Annual report on the Civil Veterinary Department, Burma (including the Insein Veterinary School) - 1910-1922
Year: 1910
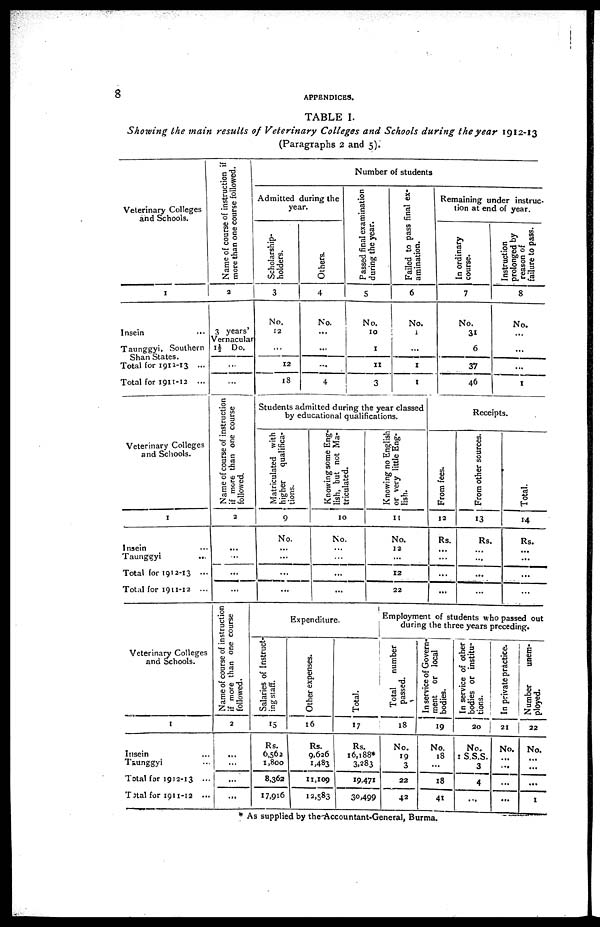
8
APPENDICES.
TABLE I.
Showing the main results of Veterinary Colleges and Schools during the year 1912-13
(Paragraphs 2 and 5).
Veterinary Colleges
and Schools.
1
Insein ...
Taunggyi, Southern
Shan States.
Total for 1912-13 ...
Total for 1911-13 ...
Name of course of instruction if
more than one course followed.
2
3 years'
Vernacular
1 ½ Do.
...
Number of students
Admitted during the
year.
Scholarship-
holders.
3
No.
12
...
12
18
Others.
4
No.
...
...
...
4
Passed final examination
during the year.
5
No.
10
I
II
3
Failed to pass final ex-
amination.
6
No.
1
...
1
1
Remaining under instruc-
tion at end of year.
In ordinary
course.
7
No.
31
6
37
46
Instruction
prolonged by
reason of
failure to pass.
8
No.
...
...
...
1
Veterinary Colleges
and Schools.
1
Insein ...
Taunggyi
...
Total for 1912-13 ...
Total for 1911-12 ...
Name of course of instruction
if more than one course
followed.
2
...
...
...
...
Students admitted during the year classed
by educational qualifications.
Matriculated with
higher
qualifica-
tions.
9
No.
...
...
...
...
Knowing some Eng-
lish, but not Ma-
triculated.
10
No.
...
...
...
...
Knowing no English
or very little Eng-
lish.
11
No.
12
...
12
22
Receipts.
From fees.
12
Rs.
...
...
...
...
From other sources.
13
Rs.
...
...
...
...
Total.
14
Rs.
...
...
...
...
Veterinary Colleges
and Schools.
1
Insein ...
Taunggyi ...
Total for 1912-13 ...
Total for 1911-12 ...
Name of course of instruction
if more than one course
followed.
2
...
...
...
...
Expenditure.
Salaries of Instruct-
ing staff.
15
Rs.
6,562
1,800
8,362
17,916
Other expenses.
16
Rs.
9,626
1,483
11,109
12,583
Total.
17
Rs.
16,188*
3,283
19,471
30,499
Employment of students who passed out
during the three years preceding.
Total
number
passed.
18
No.
19
3
22
42
In service of Govern-
ment or local
bodies.
19
No.
18
...
18
41
In service of other
bodies or institu-
tions.
20
No.
1,888
3
4
...
In private practice.
21
No.
...
...
...
Number
unem-
ployed.
22
No.
...
...
1
As supplied by the Accountant-General, Burma.